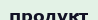
продукт